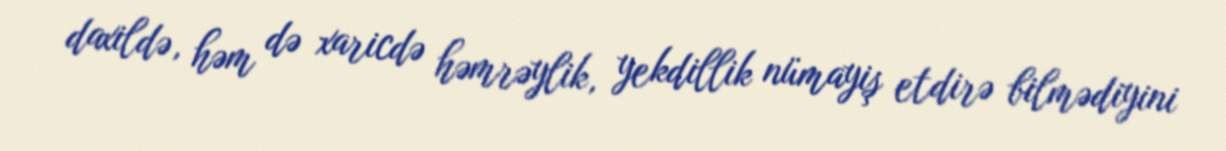
daxildə, həm də xaricdə həmrəylik, yekdillik nümayiş etdirə bilmədiyini